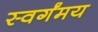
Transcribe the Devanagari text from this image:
स्वर्गंमय